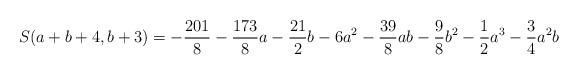
LaTeX: \begin{align*}S(a+b+4, b+3) =-\frac{201}8-\frac{173}8 a -\frac{21}2b -6a^2-\frac{39}8ab-\frac 98b^2-\frac 12 a^3 - \frac 34 a^2b\end{align*}